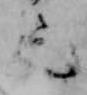
之